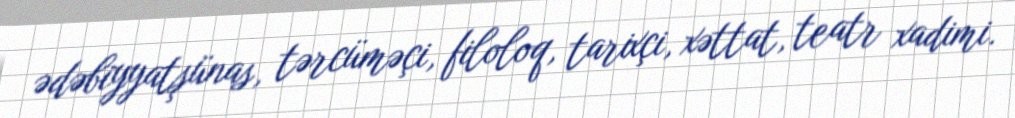
ədəbiyyatşünas, tərcüməçi, filoloq, tarixçi, xəttat, teatr xadimi.